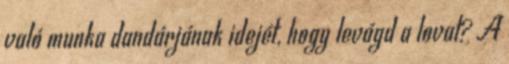
való munka dandárjának idejét, hogy levágd a lovat? A